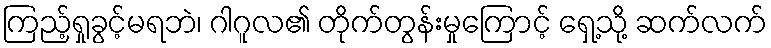
ကြည့်ရှုခွင့်မရဘဲ၊ ဂါဂူလ၏ တိုက်တွန်းမှုကြောင့် ရှေ့သို့ ဆက်လက်